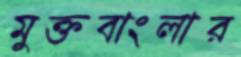
মুক্তবাংলার